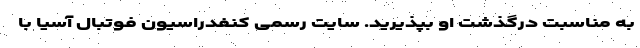
به مناسبت درگذشت او بپذیرید. سایت رسمی کنفدراسیون فوتبال آسیا با